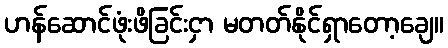
ဟန်ဆောင်ဖုံးဖိခြင်းငှာ မတတ်နိုင်ရှာတော့ချေ။